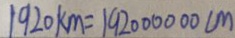
1 9 2 0 k m = 1 9 2 0 0 0 0 0 0 c m